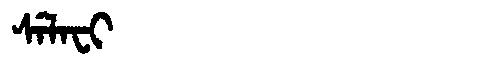
Manchu: ᠰᡝᠯᠠᠸᡳ
Romanization: SELAFI